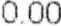
0.00